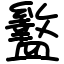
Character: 盭